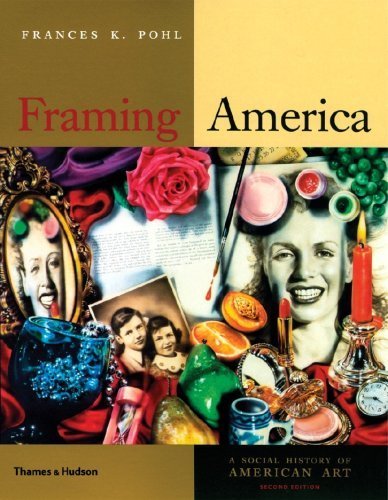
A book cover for Framing America A Social History of American Art [Second Edition] by Pohl, Frances K. [Thames & Hudson,2007] [Paperback] Second (2nd) edition; Crafts, Hobbies & Home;